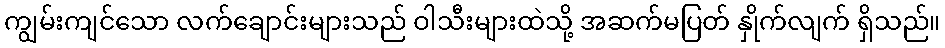
ကျွမ်းကျင်သော လက်ချောင်းများသည် ဝါသီးများထဲသို့ အဆက်မပြတ် နှိုက်လျက် ရှိသည်။